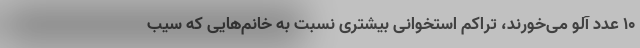
۱۰ عدد آلو می‌خورند، تراکم استخوانی بیشتری نسبت به خانم‌هایی که سیب